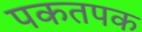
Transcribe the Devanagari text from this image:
पकतपक